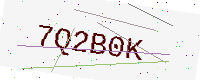
Text: 7Q2B0K